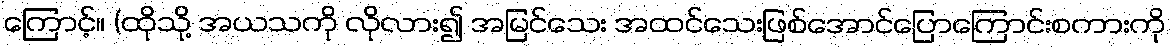
ကြောင့်။ (ထိုသို့ အယသကို လိုလား၍ အမြင်သေး အထင်သေးဖြစ်အောင်ပြောကြောင်းစကားကို